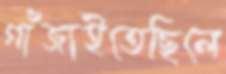
গাঁজাইতেছিলে